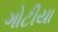
ગોટીયા